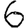
Digit: 6